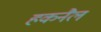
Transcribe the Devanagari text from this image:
हकनैल